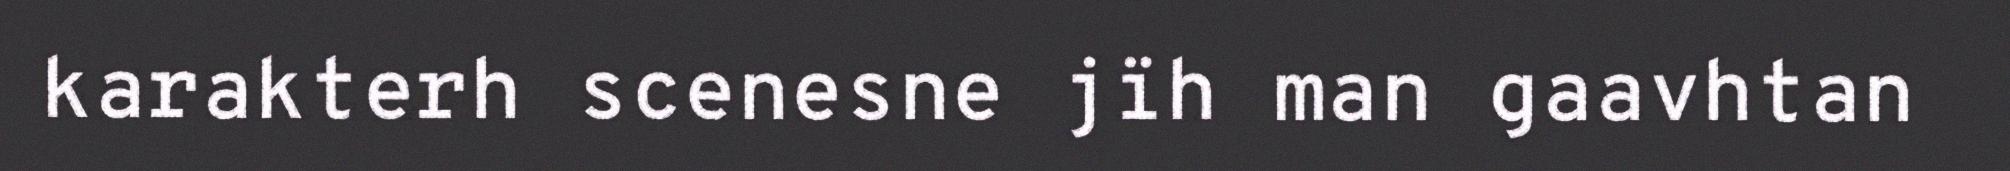
karakterh scenesne jïh man gaavhtan